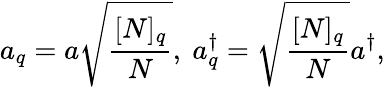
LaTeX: a_{q}=a\sqrt{\frac{[N]_{q}}{N}},~a_{q}^{\dagger}=\sqrt{\frac{[N]_{q}}{N}}a^{\dagger},